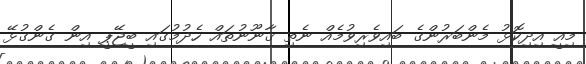
މިއީ އިދިކޮޅު މެންބަރުންގެ ބައިވެރިވުމެއް ނެތި ޤާނޫނުތައް ހެދުމުގައި ބީޖޭޕީ އިން ގެންގުޅޭ